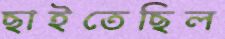
ছাইতেছিল